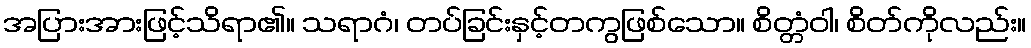
အပြားအားဖြင့်သိရာ၏။ သရာဂံ၊ တပ်ခြင်းနှင့်တကွဖြစ်သော။ စိတ္တံဝါ၊ စိတ်ကိုလည်း။